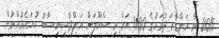
2015 ވާ އަންގާރަ ދުވަހުގެ 11:00 އަށް މި ސްކޫލަށް އަންދާސީހިސާބު ހުށަހެޅުއްވުން